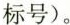
标号)。